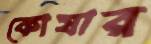
কোষার